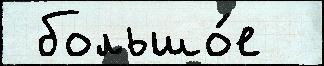
 большо́е